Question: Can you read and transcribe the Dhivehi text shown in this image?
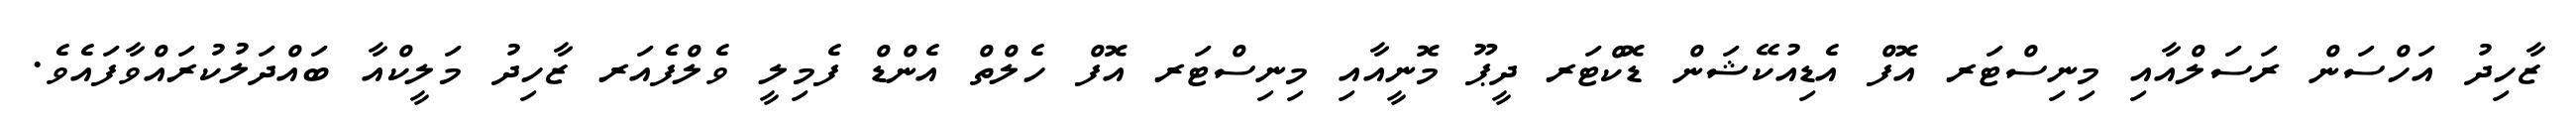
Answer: ޒާހިދު އަހްސަން ރަސަލްއާއި މިނިސްޓަރ އޮފް އެޑިއުކޭޝަން ޑޮކްޓަރ ދީޕޫ މޮނީއާއި މިނިސްޓަރ އޮފް ހެލްތް އެންޑް ފެމިލީ ވެލްފެއަރ ޒާހިދު މަލީކްއާ ބައްދަލުކުރައްވާފައެވެ.